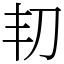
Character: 㓞